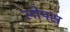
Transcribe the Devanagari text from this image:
लोफ्स